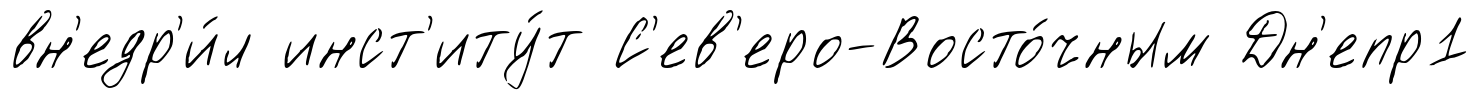
вн'едр'и́л инст'иту́т С'ев'еро-Восто́чным Дн'епр1